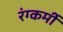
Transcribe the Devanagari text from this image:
रंग्कर्मी